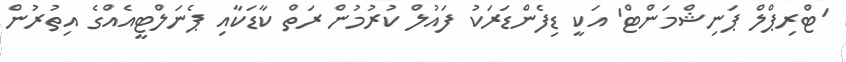
'ޓްރިޕްލް ޕަނިޝްމަންޓް' އަކީ ޑިފެންޑަރަކު ފައުލް ކުރުމުން ރަތް ކާޑަކާއި ޕެނަލްޓީއެއްގެ އިތުރުން